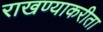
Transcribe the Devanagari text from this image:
राखण्याकरीता